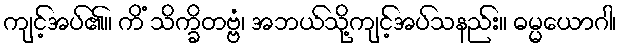
ကျင့်အပ်၏။ ကိံ သိက္ခိတဗ္ဗံ၊ အဘယ်သို့ကျင့်အပ်သနည်း။ ဓမ္မယောဂါ၊